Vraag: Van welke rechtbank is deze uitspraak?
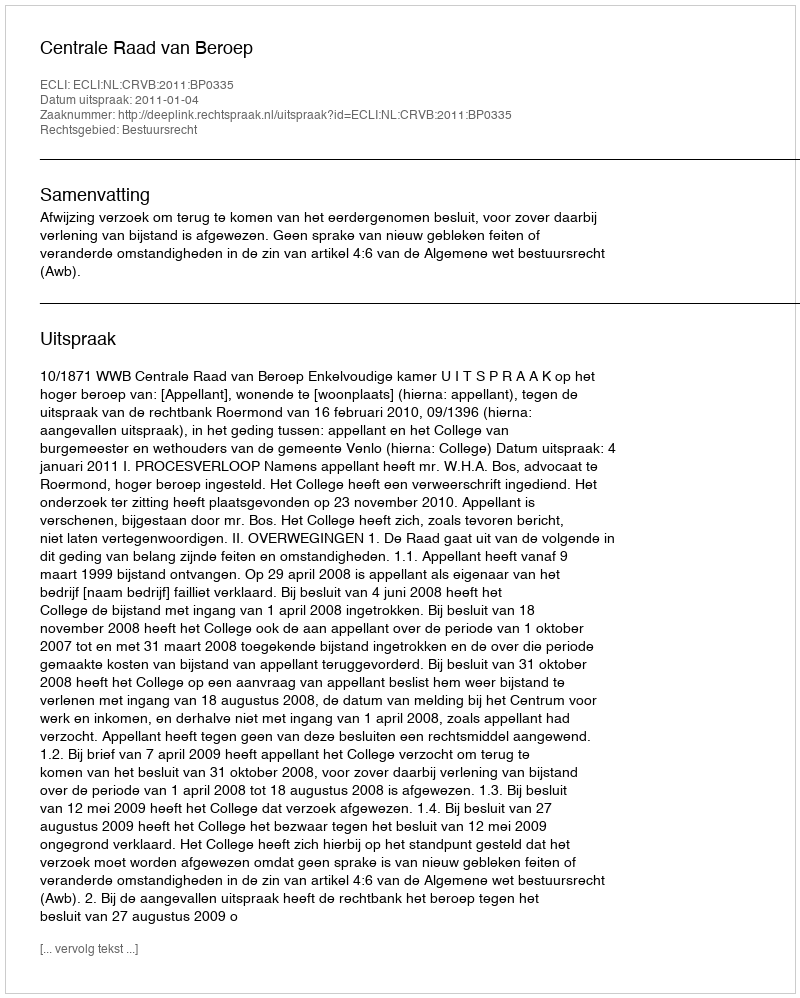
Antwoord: Centrale Raad van Beroep